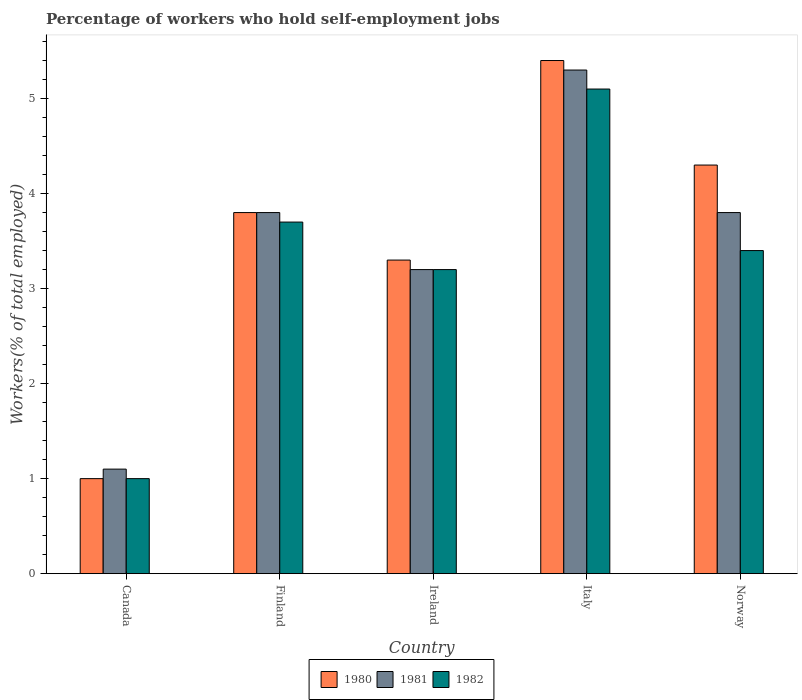
| Country | 1980 | 1981 | 1982 |
 | --- | --- | --- | --- |
 | Canada | 1 | 1.1 | 1 |
 | Finland | 3.8 | 3.8 | 3.7 |
 | Ireland | 3.3 | 3.2 | 3.2 |
 | Italy | 5.4 | 5.3 | 5.1 |
 | Norway | 4.3 | 3.8 | 3.4 |